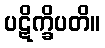
ပဋိက္ခိပတိ။